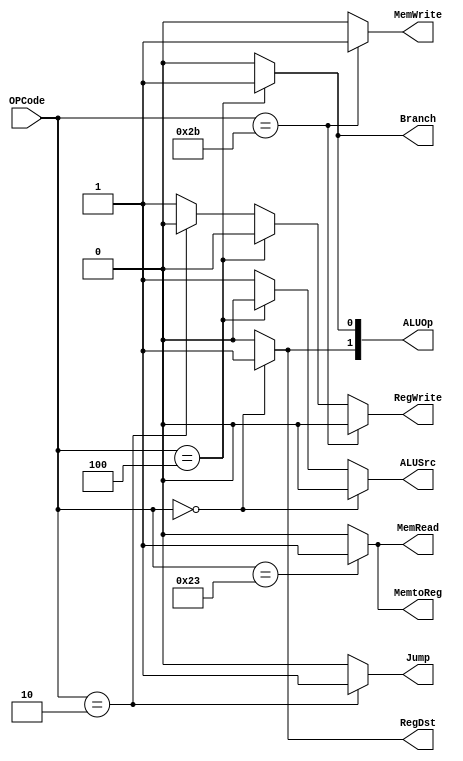
module Control_Unit(RegDst,ALUSrc,MemtoReg,RegWrite,MemRead,MemWrite,Branch,Jump,ALUOp,OPCode);
		
		/*7.Slidein 19 sayfasindaki tabloya gore sinyaller uretildi. Istenilen butun instructionlar icin yapamadim*/
		/*Butun R typelar, sw,lw,jump,addi,lbu,lh ,slti,sltui,,sltu beq icin yapildi*/
		output RegDst;
		output ALUSrc,MemtoReg,RegWrite,MemRead,MemWrite,Branch,Jump;
		output [1:0] ALUOp;
		input [5:0] OPCode;
	
		/* ilk basta 7 pdfteki truth table a gore bunu yapmaya calismistim
		
		assign RegWrite=(!op[5] & !op[4] & !op[3] & !op[2] & !op[1] & !op[0]) + (op[5] & !op[4] & !op[3] & !op[2] & op[1] & op[0]);
		assign ALUSrc=(op[5] & !op[4] & !op[3] & !op[2] & op[1] & op[0])+(op[5] & !op[4] & op[3] & !op[2] & op[1] & op[0]);
		assign RegDst=!op[5] & !op[4] & !op[3] & !op[2] & !op[1] & !op[0];
		assign MemtoReg=op[5] & !op[4] & !op[3] & !op[2] & op[1] & op[0];
		assign MemRead=op[5] & !op[4] & !op[3] & !op[2] & op[1] & op[0];
		assign MemWrite=op[5] & !op[4] & op[3] & !op[2] & op[1] & op[0];
		assign Branch=!op[5] & !op[4] & !op[3] & op[2] & !op[1] & !op[0];
		assign AluOp[1]=!op[5] & !op[4] & !op[3] & !op[2] & !op[1] & !op[0];
		assign AluOp[0]=!op[5] & !op[4] & !op[3] & op[2] & !op[1] & !op[0];
		assign Jump=!op[5] & !op[4] & !op[3] & !op[2] & op[1] & !op[0];
		*/
		
		assign RegDst=   (OPCode==6'b000000)?1:0;		//r-Type	   
		assign ALUSrc=   (OPCode==6'b000000)?0:		//r-Type	   
					        (OPCode==6'b000100)?0:1;		//beq
		assign ALUOp[1]= (OPCode==6'b000000)?1:0;    //r-Type	 
		assign ALUOp[0]= (OPCode==6'b000100)?1:0;		//beq				
		assign MemtoReg= (OPCode==6'b100011)?1:0;		//lw
		assign MemRead=  (OPCode==6'b100011)?1:0;		//lw
		assign MemWrite= (OPCode==6'b101011)?1:0;		//sw
		assign RegWrite=((OPCode==6'b101011)?0:		//sw
					        (OPCode==6'b000100)?0:		//beq
					        (OPCode==6'b000010)?0:1);	//Jump
		assign Branch=   (OPCode==6'b000100)?1:0;		//beq
		assign Jump =    (OPCode==6'b000010)?1:0;    //Jump
					  
		
	/*					
		initial begin
		$monitor("RegDst= %1b ALUSrc=%1b MemtoReg=%1b RegWrite=%1b MemRead=%1b MemWrite=%1b Branch=%1b Jump=%1b", RegDst,ALUSrc,MemtoReg,RegWrite,MemRead,MemWrite,Branch,Jump);
		end*/
	
endmodule